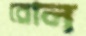
রোল